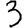
Digit: 3